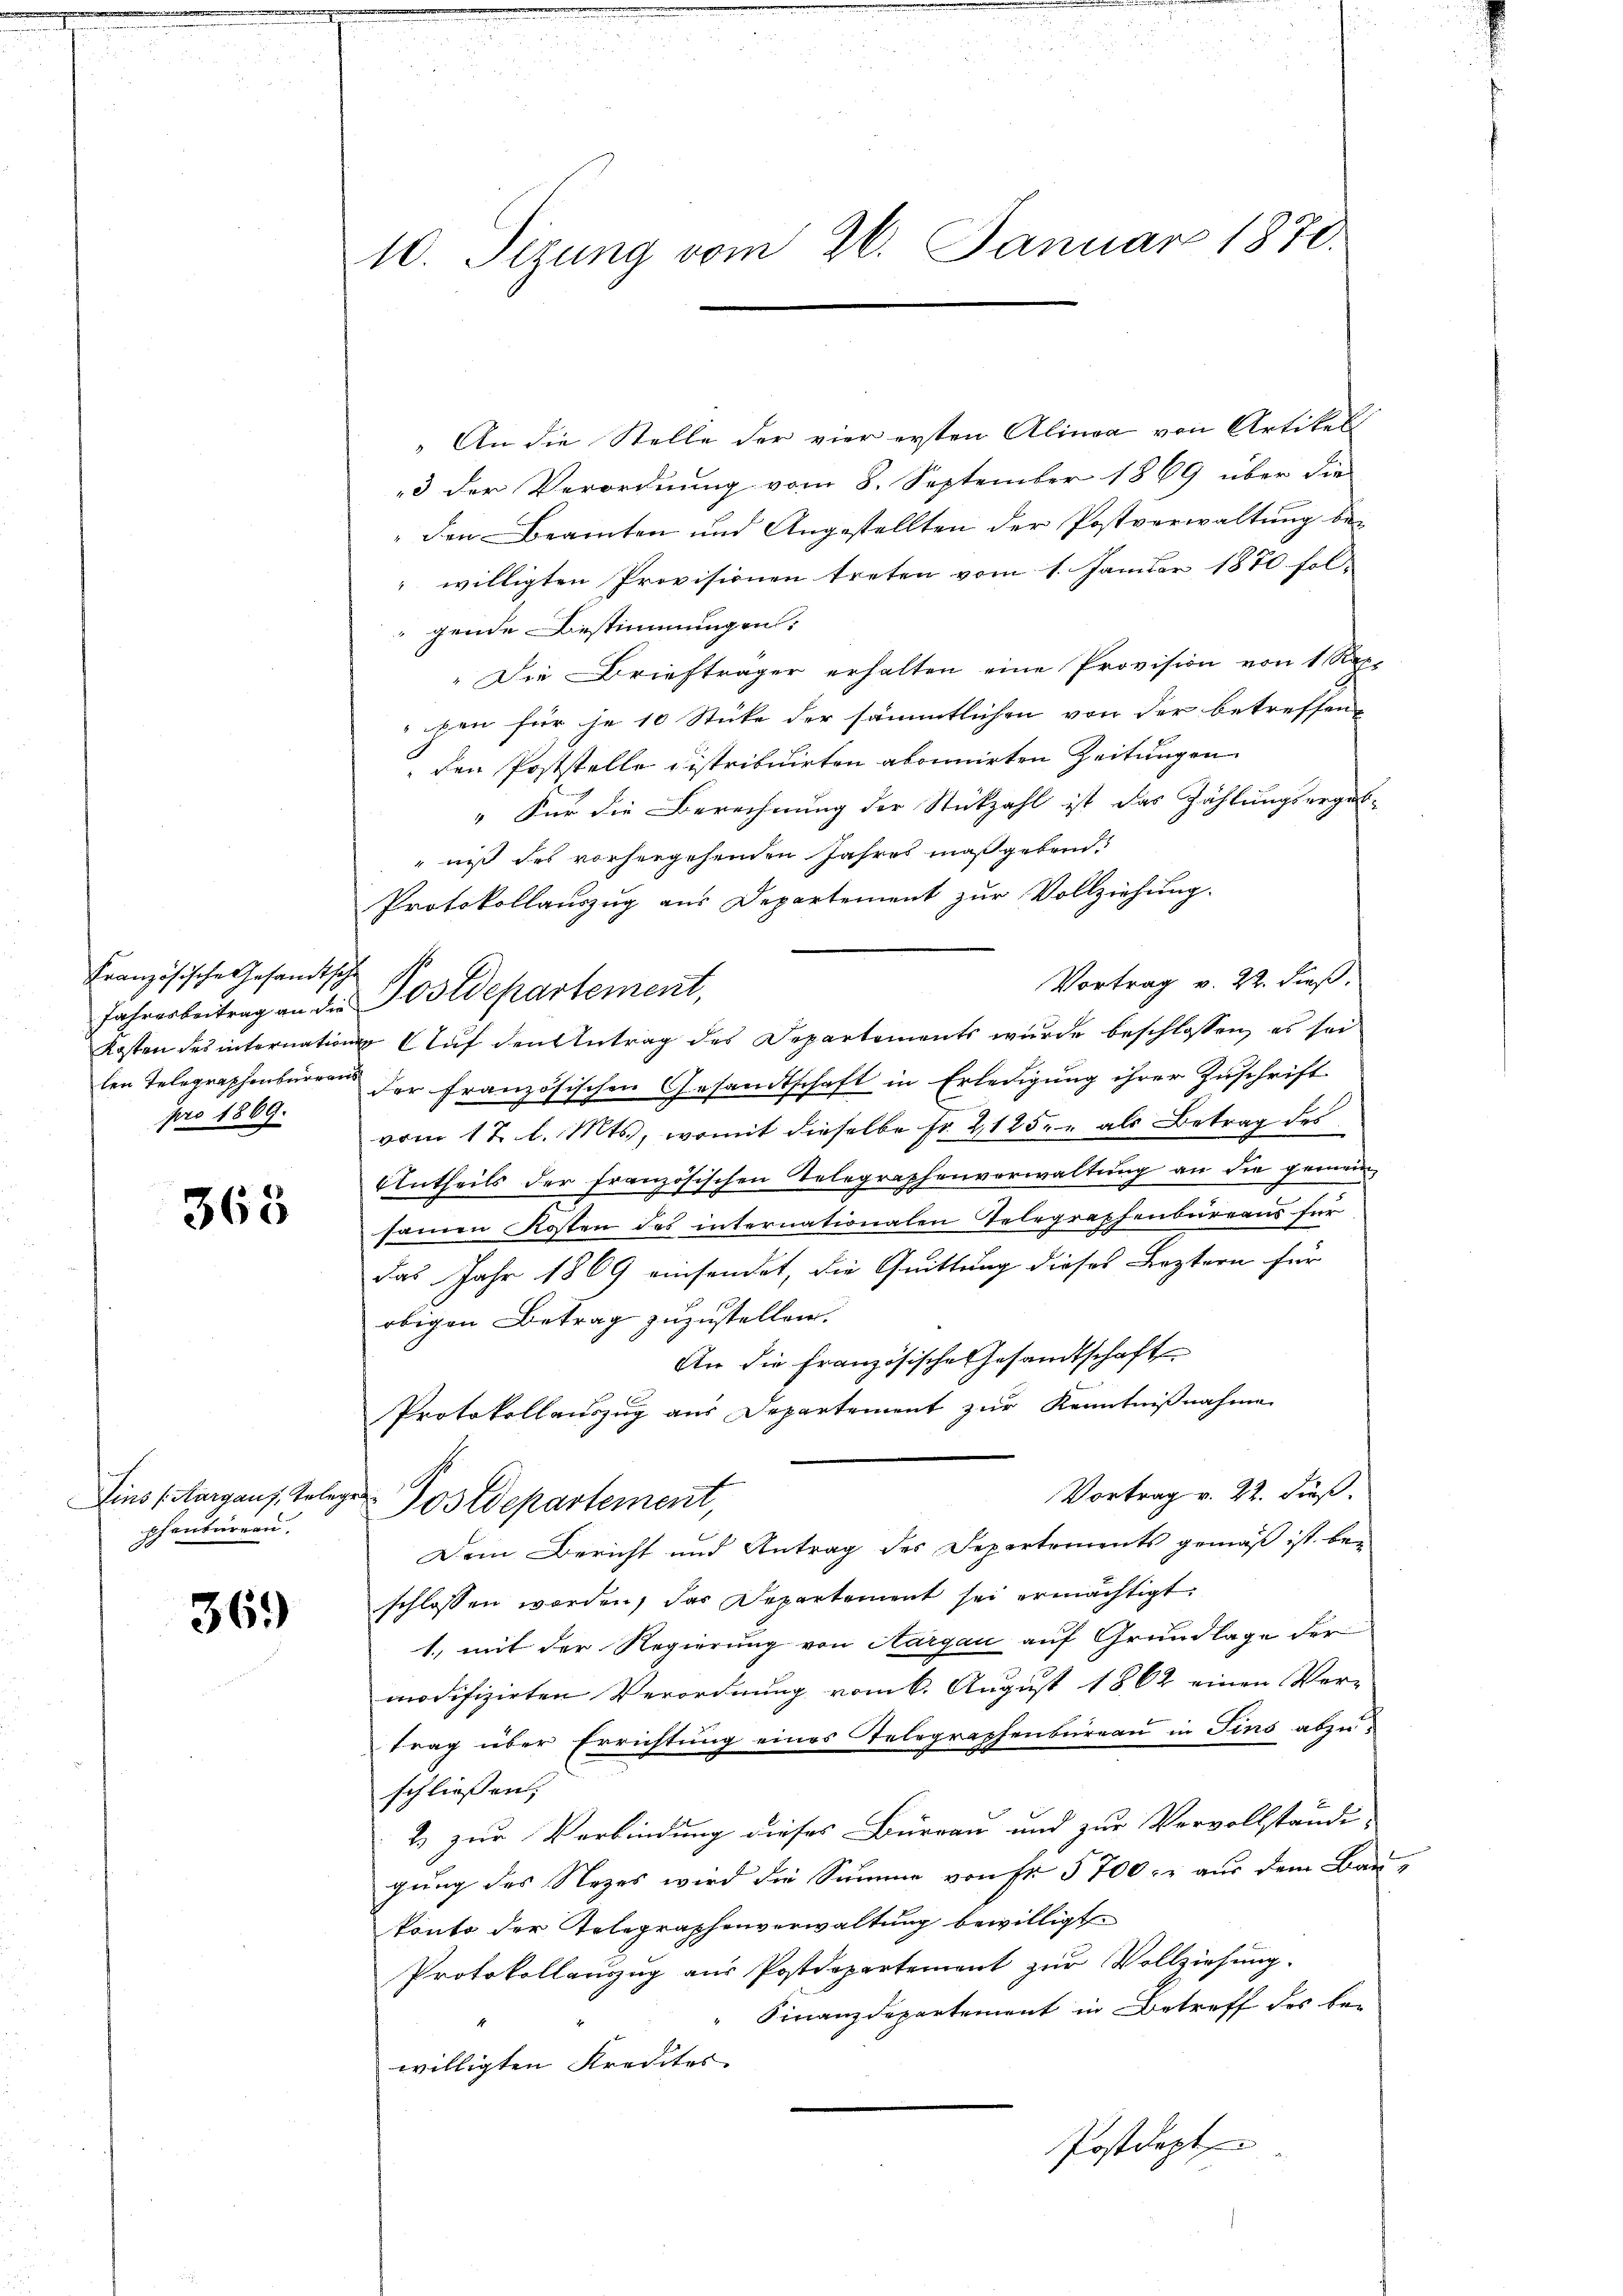
Französische Gesandtsche
pro 1869.

368

phenbureau.

36.)

10. Sizung vom 26. Januar 1870.

„An die Stelle der vier ersten Alinea von Artikel
3 der Verordnung vom 8. September 1869 über die
„den Beamten und Angestellten der Postverwaltung be-
 willigten Provisionen treten vom 1. Januar 1870 fol-
gende Bestimmungen:
" Die Briefträger erhalten eine Provision von 1 Rep
pen für je 10 Stüke der sämmtlichen von der betreffen-
den Poststelle distribuirten abonnirten Zeitungen
"Für die Berechnung der Stückzahl ist das Zählungsergab-
niß des vorhergehenden Jahres maßgebend.
Protokollauszug aus Departement zur Vollziehung.
Vortrag v. 22. dieß,
Kosten des internations Auf den Antrag des Departements wurde beschlossen, es sei
len Telegraphenburgen der französischen Gesandtschaft in Erledigung ihrer Zuschrift
vom 17. l. Mts., womit dieselbe Fr. 2125. u als Betrag des
Antheils der französischen Telegraphenverwaltung an die gemein
samen Kosten des internationalen Telegraphenbureaus für
das Jahr 1869 einsendet, die Quittung dieses Leztern für
obigen Betrag zuzustellen.
An die französische Gesandtschaft
Protokollauszug aus Departement zur Kenntnißnahme
Vortrag v. 22. dieß.
Eins Aargaus, Gelege Postdepartement,
Dein Bericht und Antrag des Departements gemäß ist be-
schlossen worden, das Departement sei ermächtigt.
1.) mit der Regierung von Aargau auf Grundlage der
modifizirten Verordnung vom 6. August 1862 einen Ver-
trag über Errichtung eines Telegraphenbureau in Fins abzuschliessen;
2) zur Verbindung dieses Burgau und zur Vervollständi-
gung des Nezes wird die Summe von Fr. 5700. aus dem Baukonto der Telegraphenverwaltung bewilligt.
Protokollauszug aus Postdepartement zur Vollziehung.
Finanzdepartement in Betreff des bewilligten Streidtes
Postdept

Jahresbeitrag an die Postdepartement,